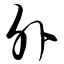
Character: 外